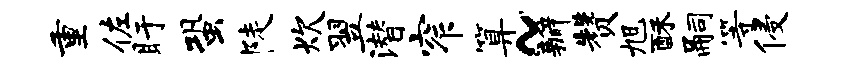
重佐盱蛩陡炊翌潜窄算~瓣赞旭酥嗣等侵